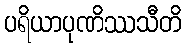
ပရိယာပုဏိဿသီတိ